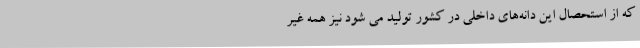
که از استحصال این دانه‌های داخلی در کشور تولید می شود نیز همه غیر